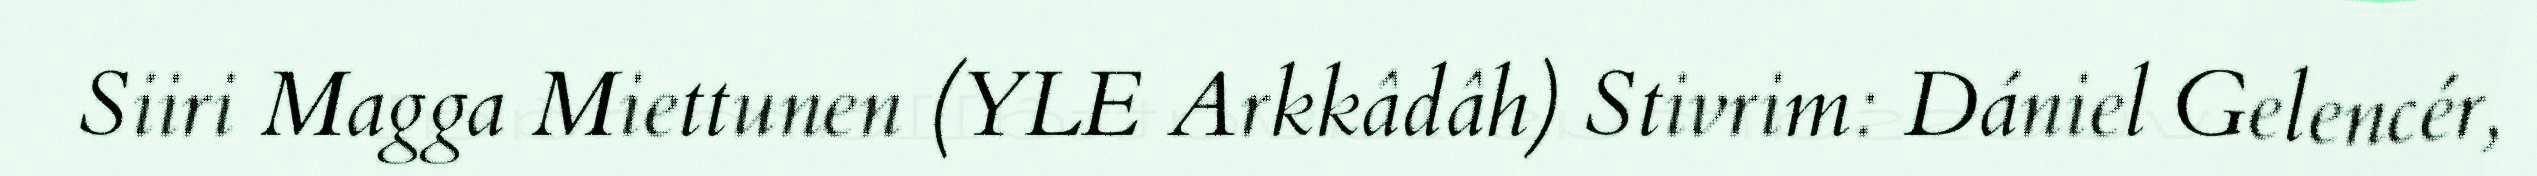
Siiri Magga Miettunen (YLE Arkkâdâh) Stivrim: Dániel Gelencér,